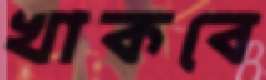
খাকবে